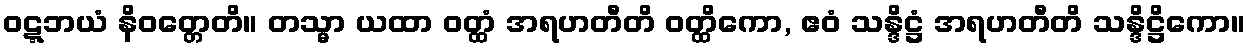
ဝဋ္ဋဘယံ နိဝတ္တေတိ။ တသ္မာ ယထာ ဝတ္ထံ အရဟတီတိ ဝတ္ထိကော, ဧဝံ သန္ဒိဋ္ဌံ အရဟတီတိ သန္ဒိဋ္ဌိကော။